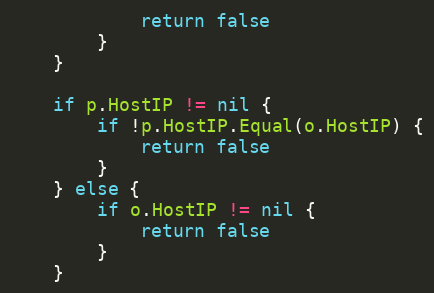
Language: Go
			return false
		}
	}

	if p.HostIP != nil {
		if !p.HostIP.Equal(o.HostIP) {
			return false
		}
	} else {
		if o.HostIP != nil {
			return false
		}
	}